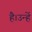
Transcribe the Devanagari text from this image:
है।उन्हें